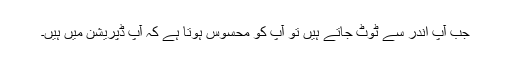
جب آپ اندر سے ٹوٹ جاتے ہیں تو آپ کو محسوس ہوتا ہے کہ آپ ڈپریشن میں ہیں۔